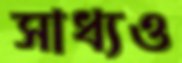
সাধ্যও